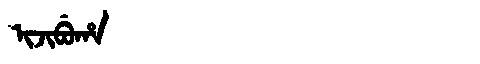
Manchu: ᡳᠵᡳᠪᡠᡥᠠ
Romanization: IJIBUHA